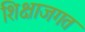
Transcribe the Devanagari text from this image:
शिक्षाजगत